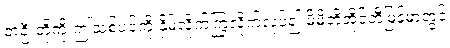
တဦးတို့ကို ဤသစ်ပင်ကို နှိမ့်လိုက်ကြွလိုက်လုပ်၍ မိမိတို့အိုင်တီမြန်မာတွင်